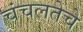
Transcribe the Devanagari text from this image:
चंचलतेचे